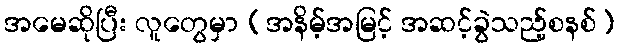
အမေဆိုပြီး လူတွေမှာ (အနိမ့်အမြင့် အဆင့်ခွဲသည့်စနစ်)